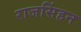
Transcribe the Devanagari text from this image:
राजसिंहन